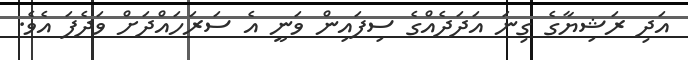
އަދި ރަޝިޔާގެ ގިނަ އަދަދެއްގެ ސިފައިން ވަނީ އެ ސަރަހައްދަށް ވަދެފަ އެވެ.